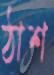
ঠাশ